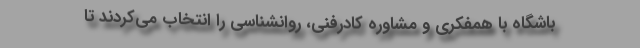
باشگاه با همفکری و مشاوره کادرفنی، روانشناسی را انتخاب می‌کردند تا